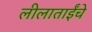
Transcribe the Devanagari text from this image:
लीलाताईंचे